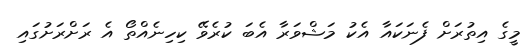
މީގެ އިތުރަށް ފެނަކައާ އެކު މަޝްވަރާ އެބަ ކުރެވޭ ކިހިނެއްތޯ އެ ރަށްރަށުގައި